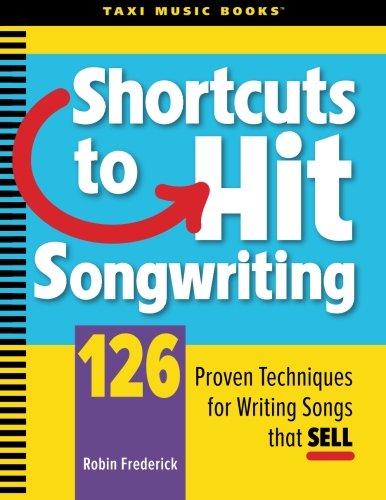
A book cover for Shortcuts to Hit Songwriting: 126 Proven Techniques for Writing Songs That Sell; Robin A Frederick; Humor & Entertainment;